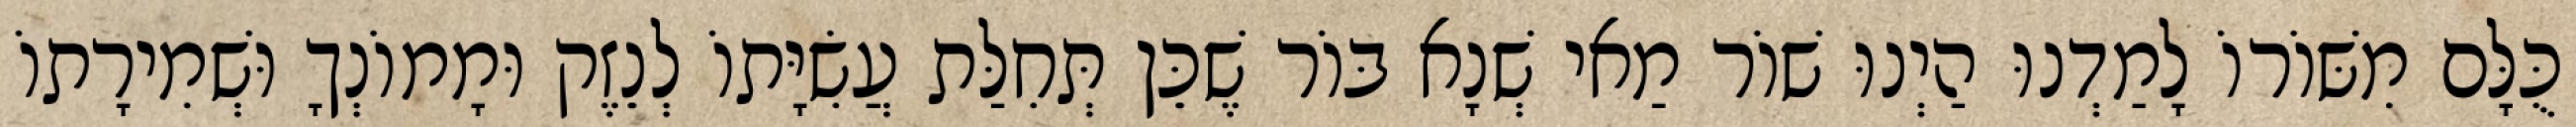
כֻּלָּם מִשּׁוֹרוֹ לָמַדְנוּ הַיְנוּ שׁוֹר מַאי שְׁנָא בּוֹר שֶׁכֵּן תְּחִלַּת עֲשִׂיָּתוֹ לְנֵזֶק וּמָמוֹנְךָ וּשְׁמִירָתוֹ